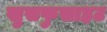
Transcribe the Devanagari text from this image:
खुसफुसाहट